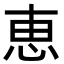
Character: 恵